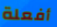
أفعلة